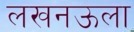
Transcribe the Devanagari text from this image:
लखनऊला